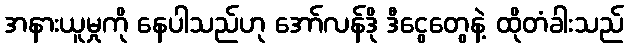
အနားယူမှုကို နေပါသည်ဟု အော်လန်ဒို ဒီငွေတွေနဲ့ ထိုတံခါးသည်